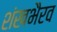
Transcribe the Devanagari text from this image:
शंखभैरव